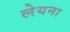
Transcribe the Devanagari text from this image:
लेयना